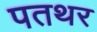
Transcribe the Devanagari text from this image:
पतथर